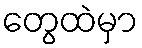
တွေထဲမှာ